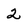
Character: 2